Annual report of the Punjab Veterinary College and of the Civil Veterinary Department, Punjab - 1909-1919
Year: 1909
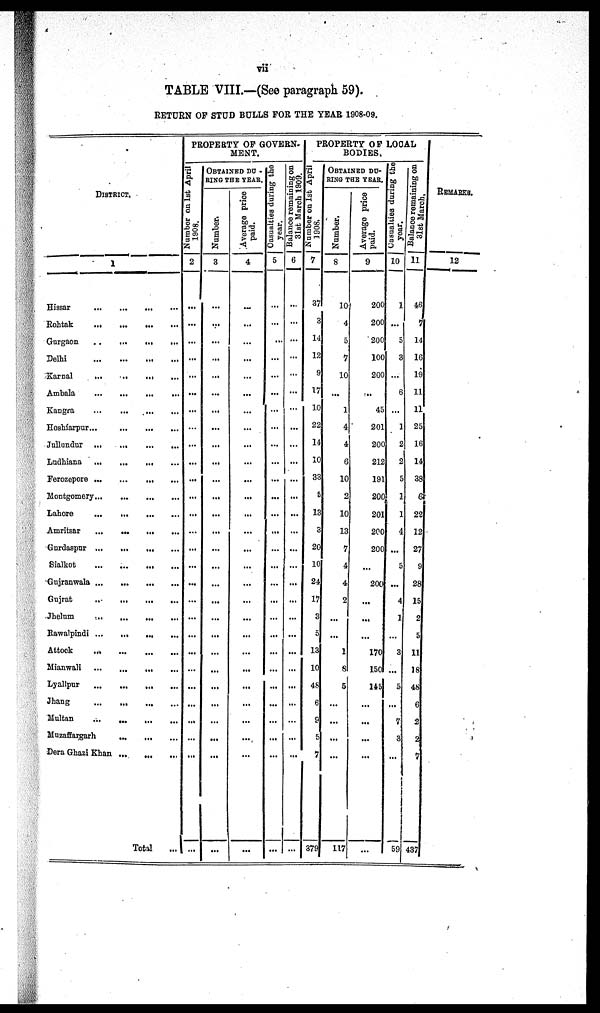
vii
TABLE VIII.—(See paragraph 59).
RETURN OF STUD BULLS FOR THE YEAR 1908-09.
DISTRICT.
1
Hisssar
...
...
...
...
Rohtak ... ... ... ...
Gurgaon
..
...
...
...
Delhi ... ... ... ...
Karnal
...
...
...
...
Ambala
...
...
...
...
Kangra
...
...
...
...
Hoshiarpur...
...
...
...
Jullundur
...
...
...
...
Ludhiana
...
...
...
...
Ferozepore
...
...
...
...
Montgomery
...
...
...
Lahore
...
...
...
...
...
Amritsar
... ... ... ... ... ...
Gnrdaspur ...
... ... ...
Sialkot
...
...
...
...
Gujranwala ...
...
...
...
Gujrat
..
...
...
...
Jhelum
...
...
...
...
Rawalpindi ...
...
...
...
Attock
... ... ... ...
Mianwali
...
...
...
...
Lyallpur
...
...
...
...
Jhang
...
...
...
...
Multan
...
...
...
...
Muzaffargarh ... ... ...
Dera Ghazi Khan ... ... ...
Total
...
PROPERTY OF GOVERN-
MENT.
Number on 1st April
1908.
2
...
...
...
...
...
...
...
...
...
...
...
...
...
...
...
...
...
...
...
...
...
...
...
...
...
...
...
...
OBTAINED DU-
RING THE YEAR.
Number.
3
...
...
...
...
...
...
...
...
...
...
...
...
...
...
...
...
...
...
...
...
...
...
...
...
...
...
...
...
Average price
paid.
4
...
...
...
...
...
...
...
...
...
...
...
...
...
...
...
...
...
...
...
...
...
...
...
...
...
...
...
...
Casualties during the
year.
5
...
...
...
...
...
...
...
...
...
...
...
...
...
...
...
...
...
...
...
...
...
...
...
...
...
...
...
Balance remaining on
31st March 1909.
6
...
...
...
...
...
...
...
...
...
...
...
...
...
...
...
...
...
...
...
...
...
...
...
...
...
...
...
PROPERTY OF LOCAL
BODIES.
Number
on 1st April
1908.
7
37
3
14
12
9
17
10
22
14
10
33
5
13
3
20
10
24
17
3
5
13
10
48
6
9
5
7
379
OBTAINED DU-
RING THE YEAR.
Number.
8
10
4
5
7
10
...
1
4
4
6
10
2
10
13
7
4
4
2
...
...
1
8
5
...
...
...
...
117
Average price
paid.
9
200
200
200
100
200
..
45
201
200
212
191
200
201
200
200
...
200
...
...
...
170
150
145
...
...
...
...
...
Casualties during the
year.
10
1
...
5
3
...
6
...
1
2
2
5
1
1
4
...
5
...
4
1
...
3
...
5
...
7
3
...
59
Balance remaining on
31st March
11
46
7
14
16
19
11
11
25
16
14
33
6
22
12
27
9
28
15
2
5
11
18
48
6
2
2
7
437
REMARKS.
12